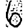
Digit: 6